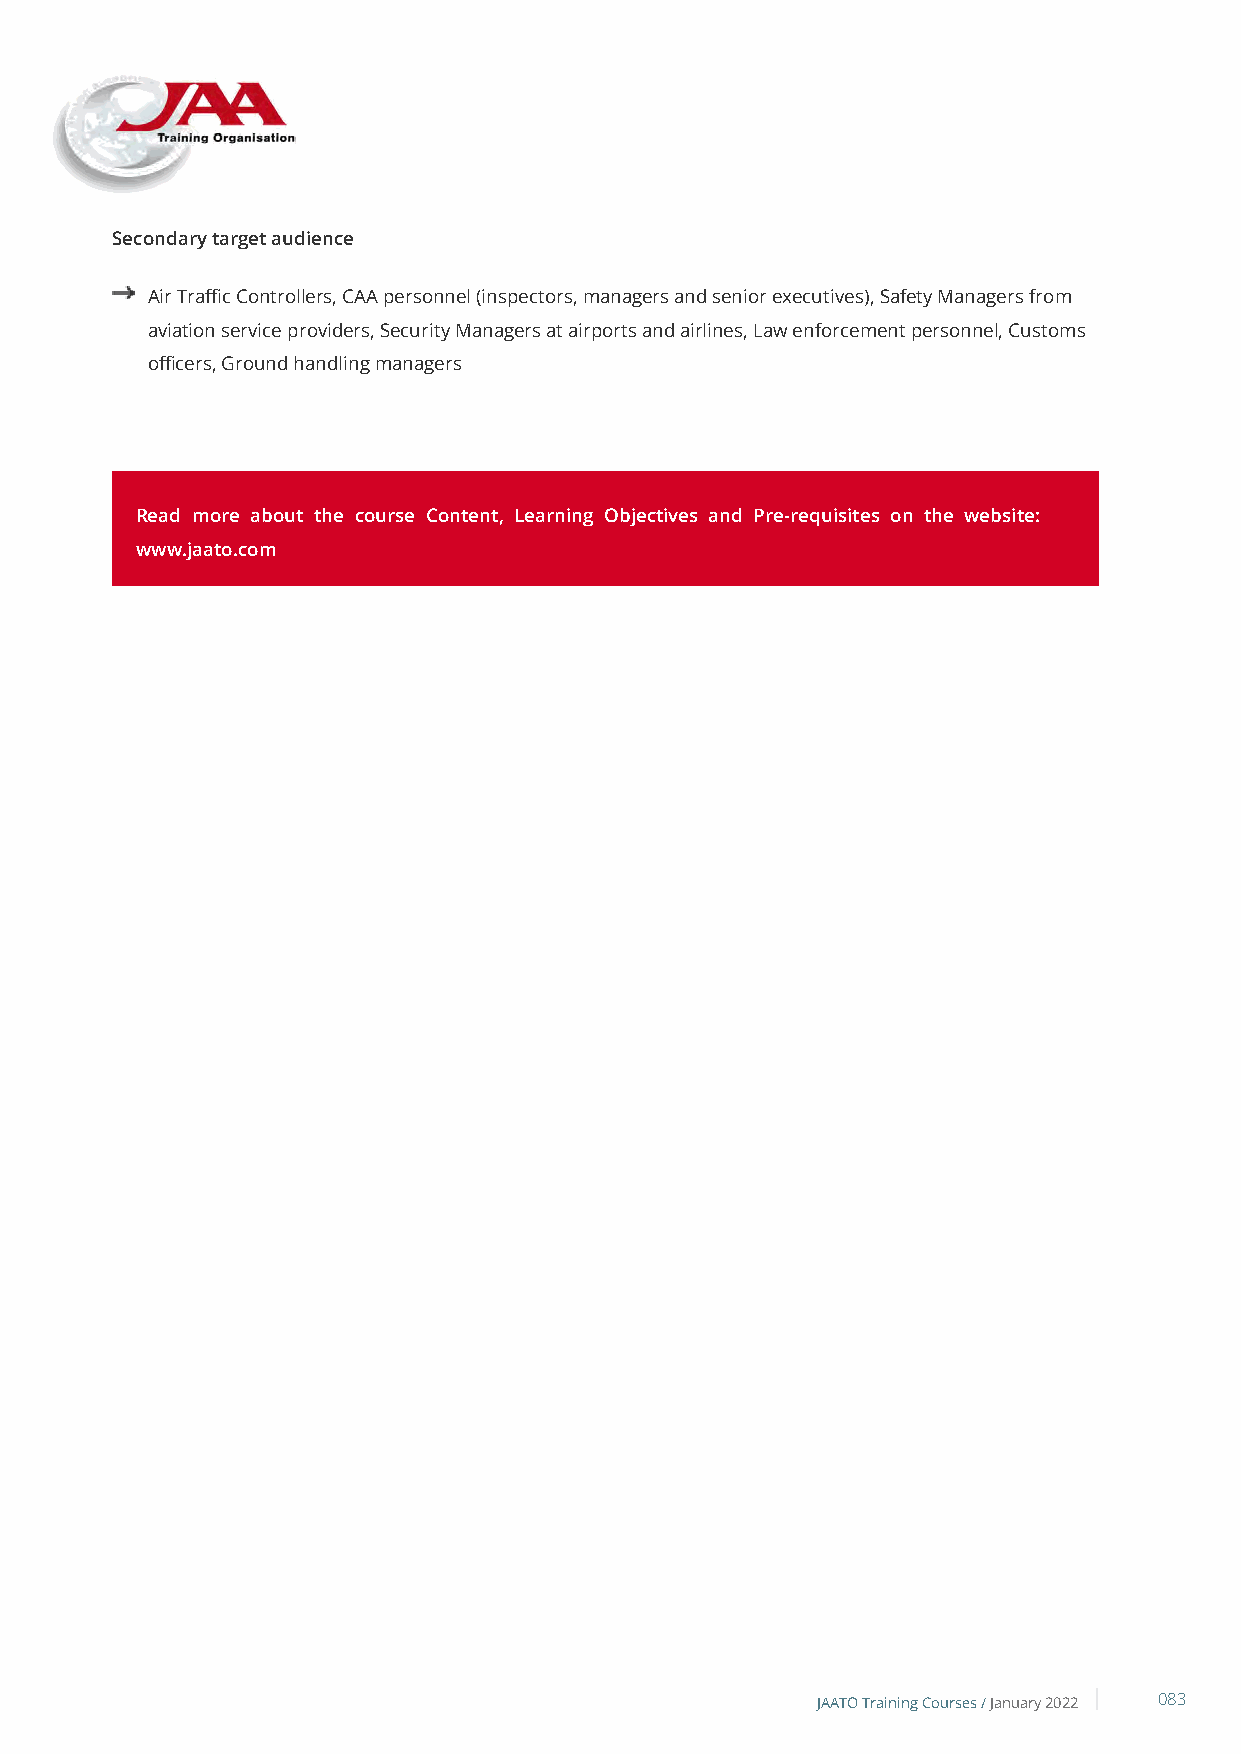
Secondary target audience
 Air Traffic Controllers, CAA personnel (inspectors, managers and senior executives), Safety Managers from
 aviation service providers, Security Managers at airports and airlines, Law enforcement personnel, Customs
 officers, Ground handling managers
 Read more about the course Content, Learning Objectives and Pre-requisites on the website:
 www.jaato.com
 JAATO Training Courses /January 2022 083